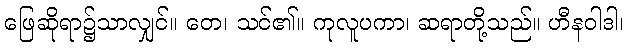
ဖြေဆိုရာ၌သာလျှင်။ တေ၊ သင်၏။ ကုလူပကာ၊ ဆရာတို့သည်။ ဟီနဝါဒါ၊